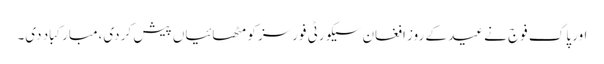
اور پاک فوج نے عید کے روز افغان سیکورٹی فورسز کو مٹھائیاں پیش کر دی،مبارکباد دی۔